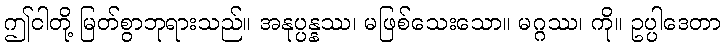
ဤငါတို့ မြတ်စွာဘုရားသည်။ အနုပ္ပန္နဿ၊ မဖြစ်သေးသော။ မဂ္ဂဿ၊ ကို။ ဥပ္ပါဒေတာ